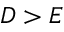
D > E